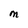
Character: M